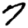
Digit: 7